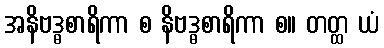
အနိဗဒ္ဓစာရိကာ စ နိဗဒ္ဓစာရိကာ စ။ တတ္ထ ယံ